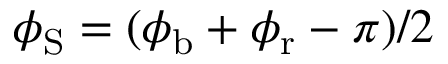
\phi _ { \mathrm { S } } = ( \phi _ { \mathrm { b } } + \phi _ { \mathrm { r } } - \pi ) / 2